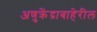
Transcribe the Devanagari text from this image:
अणुक्रेंद्राबाहेरील